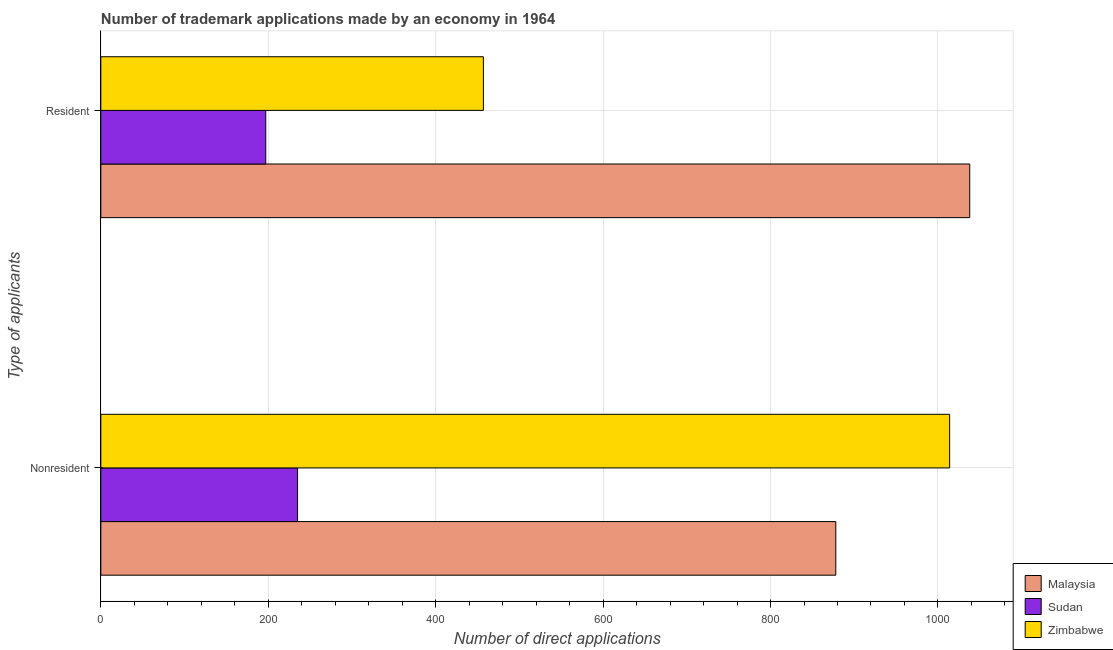
| Type of applicants | Malaysia | Sudan | Zimbabwe |
 | --- | --- | --- | --- |
 | Nonresident | 878 | 235 | 1.01e+03 |
 | Resident | 1.04e+03 | 197 | 457 |